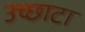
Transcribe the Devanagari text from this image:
उच्छाटा